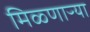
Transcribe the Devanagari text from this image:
मिळ्णाऱ्या